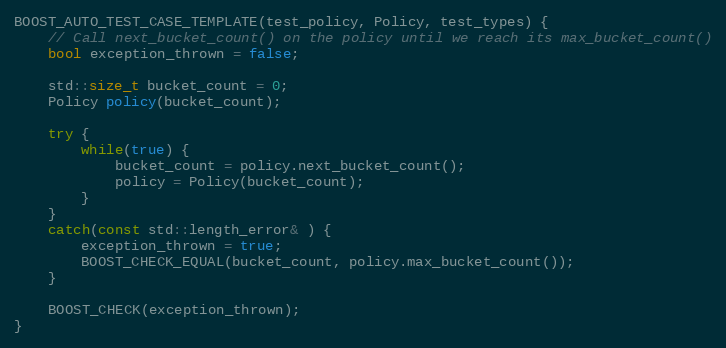
Language: C++
BOOST_AUTO_TEST_CASE_TEMPLATE(test_policy, Policy, test_types) {
    // Call next_bucket_count() on the policy until we reach its max_bucket_count()
    bool exception_thrown = false;

    std::size_t bucket_count = 0;
    Policy policy(bucket_count);

    try {
        while(true) {
            bucket_count = policy.next_bucket_count();
            policy = Policy(bucket_count);
        }
    }
    catch(const std::length_error& ) {
        exception_thrown = true;
        BOOST_CHECK_EQUAL(bucket_count, policy.max_bucket_count());
    }

    BOOST_CHECK(exception_thrown);
}